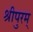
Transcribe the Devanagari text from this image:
श्रीपुरम्